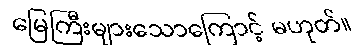
မြေကြီးများသောကြောင့် မဟုတ်။